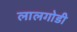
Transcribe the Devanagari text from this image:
लालगोडी